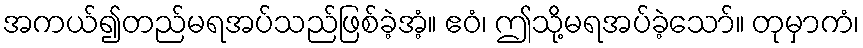
အကယ်၍တည်မရအပ်သည်ဖြစ်ခဲ့အံ့။ ဧဝံ၊ ဤသို့မရအပ်ခဲ့သော်။ တုမှာကံ၊